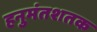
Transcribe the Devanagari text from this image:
हनुमंतशतक